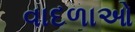
વાદળાઓ